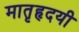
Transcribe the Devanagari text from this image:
मातृहृदयी